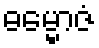
ဓမ္မောဇံ